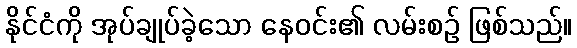
နိုင်ငံကို အုပ်ချုပ်ခဲ့သော နေဝင်း၏ လမ်းစဉ် ဖြစ်သည်။